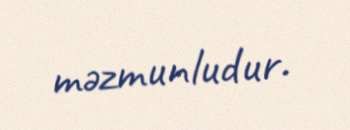
məzmunludur.